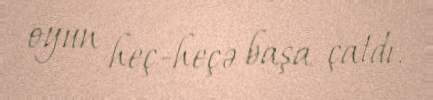
oyun heç-heçə başa çatdı.